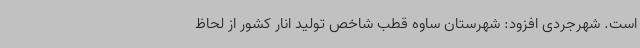
است. شهرجردی افزود: شهرستان ساوه قطب شاخص تولید انار کشور از لحاظ